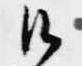
候